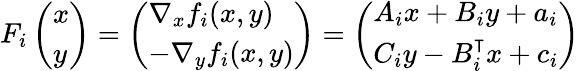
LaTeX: \begin{array}{r}{F_{i}\left(\begin{array}{l}{x}\\ {y}\end{array}\right)=\left(\begin{array}{l}{\nabla_{x}f_{i}(x,y)}\\ {-\nabla_{y}f_{i}(x,y)}\end{array}\right)=\left(\begin{array}{l}{A_{i}x+B_{i}y+a_{i}}\\ {C_{i}y-B_{i}^{\intercal}x+c_{i}}\end{array}\right)}\end{array}